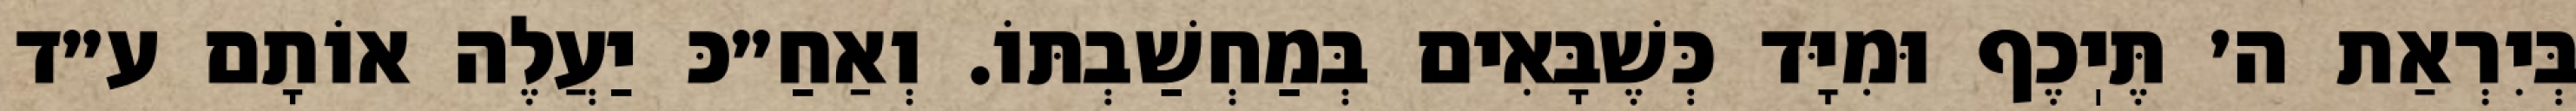
בְּיִרְאַת ה׳ תֶּיֽכֶף וּמִיָּד כְּשֶׁבָּאִים בְּמַחְשַׁבְתּוֹ. וְאַחַ״כּ יַעֲלֶה אוֹתָם ע״ד